Statistical return of the lunatic asylum in Assam - 1912-1932
Year: 1912
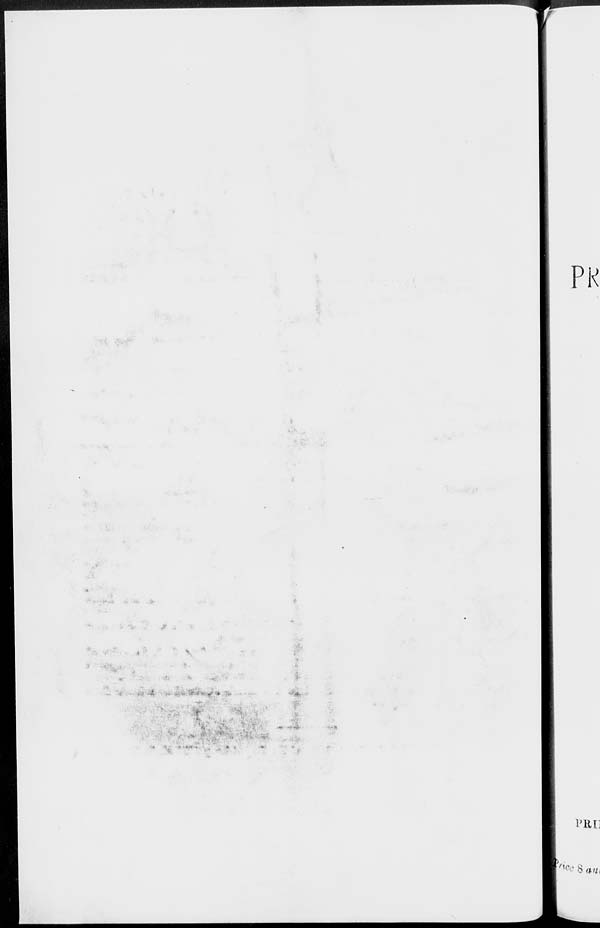
PR
Pill]
'he §am